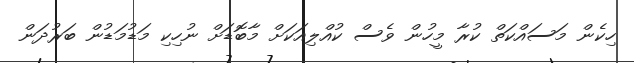
ހިކެން މަސައްކަތް ކުރާ މީހުން ވެސް ކުއްލިއަކަށް މާބޮޑަށް ނުހިކި މަޑުމަޑުން ބަރުދަން